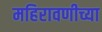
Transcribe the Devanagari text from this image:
महिरावणीच्या